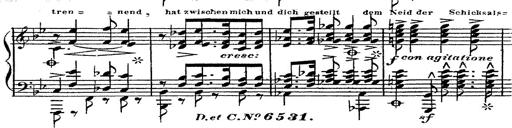
Title: 12 Lieder von Franz Schubert
Composer: Franz Liszt